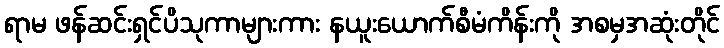
ရာမ ဖန်ဆင်းရှင်ပိသုကာများကား နယူးယောက်စီမံကိန်းကို အစမှအဆုံးတိုင်